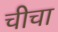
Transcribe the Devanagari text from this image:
चीचा